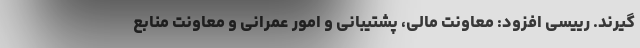
گیرند. رییسی افزود: معاونت مالی، پشتیبانی و امور عمرانی و معاونت منابع